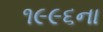
૧૯૯૬ના